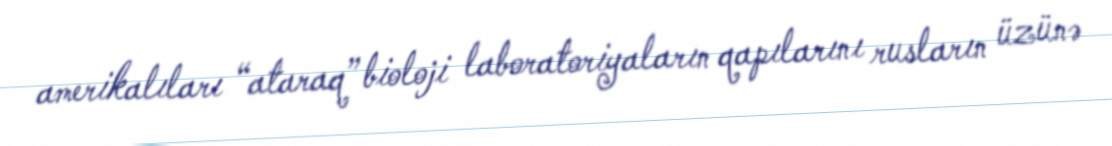
amerikalıları “ataraq” bioloji laboratoriyaların qapılarını rusların üzünə